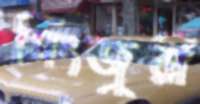
সিংজুরী